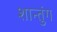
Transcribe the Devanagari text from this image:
शान्तुंग